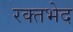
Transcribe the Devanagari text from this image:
रक्तभेद